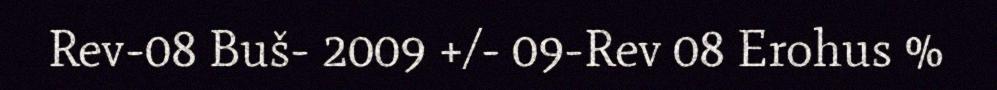
Rev-08 Buš- 2009 +/- 09-Rev 08 Erohus %